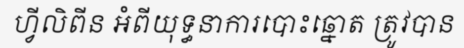
ហ្វីលិពីន អំពីយុទ្ធនាការបោះឆ្នោត ត្រូវបាន